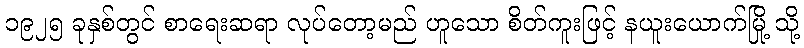
၁၉၂၅ ခုနှစ်တွင် စာရေးဆရာ လုပ်တော့မည် ဟူသော စိတ်ကူးဖြင့် နယူးယောက်မြို့ သို့